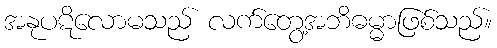
အနုပဋိလောမသည် လက်တွေ့အဘိဓမ္မာဖြစ်သည်။